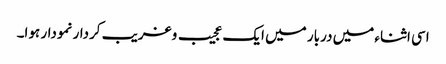
اسی اثناء میں دربار میں ایک عجیب وغریب کردار نمودار ہوا۔